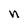
Character: n